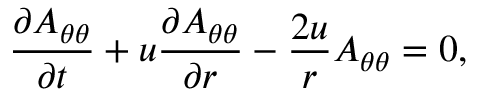
\frac { \partial A _ { \theta \theta } } { \partial t } + u \frac { \partial A _ { \theta \theta } } { \partial r } - \frac { 2 u } { r } A _ { \theta \theta } = 0 ,